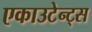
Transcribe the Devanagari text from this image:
एकाउटेन्ट्स